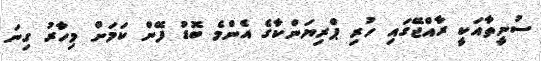
ސުނީތާއަކީ ރާއްޖޭގައި ހުރި ޕްރިޔަންކާގެ އެންމެ ބޮޑު ފޭން ކަމަށް މިހާރު ގިނަ